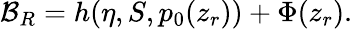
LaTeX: {\cal B}_{R}=h(\eta,S,p_{0}(z_{r}))+\Phi(z_{r}).